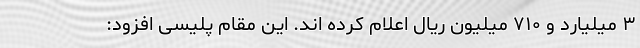
۳ میلیارد و ۷۱۰ میلیون ریال اعلام کرده اند. این مقام پلیسی افزود: